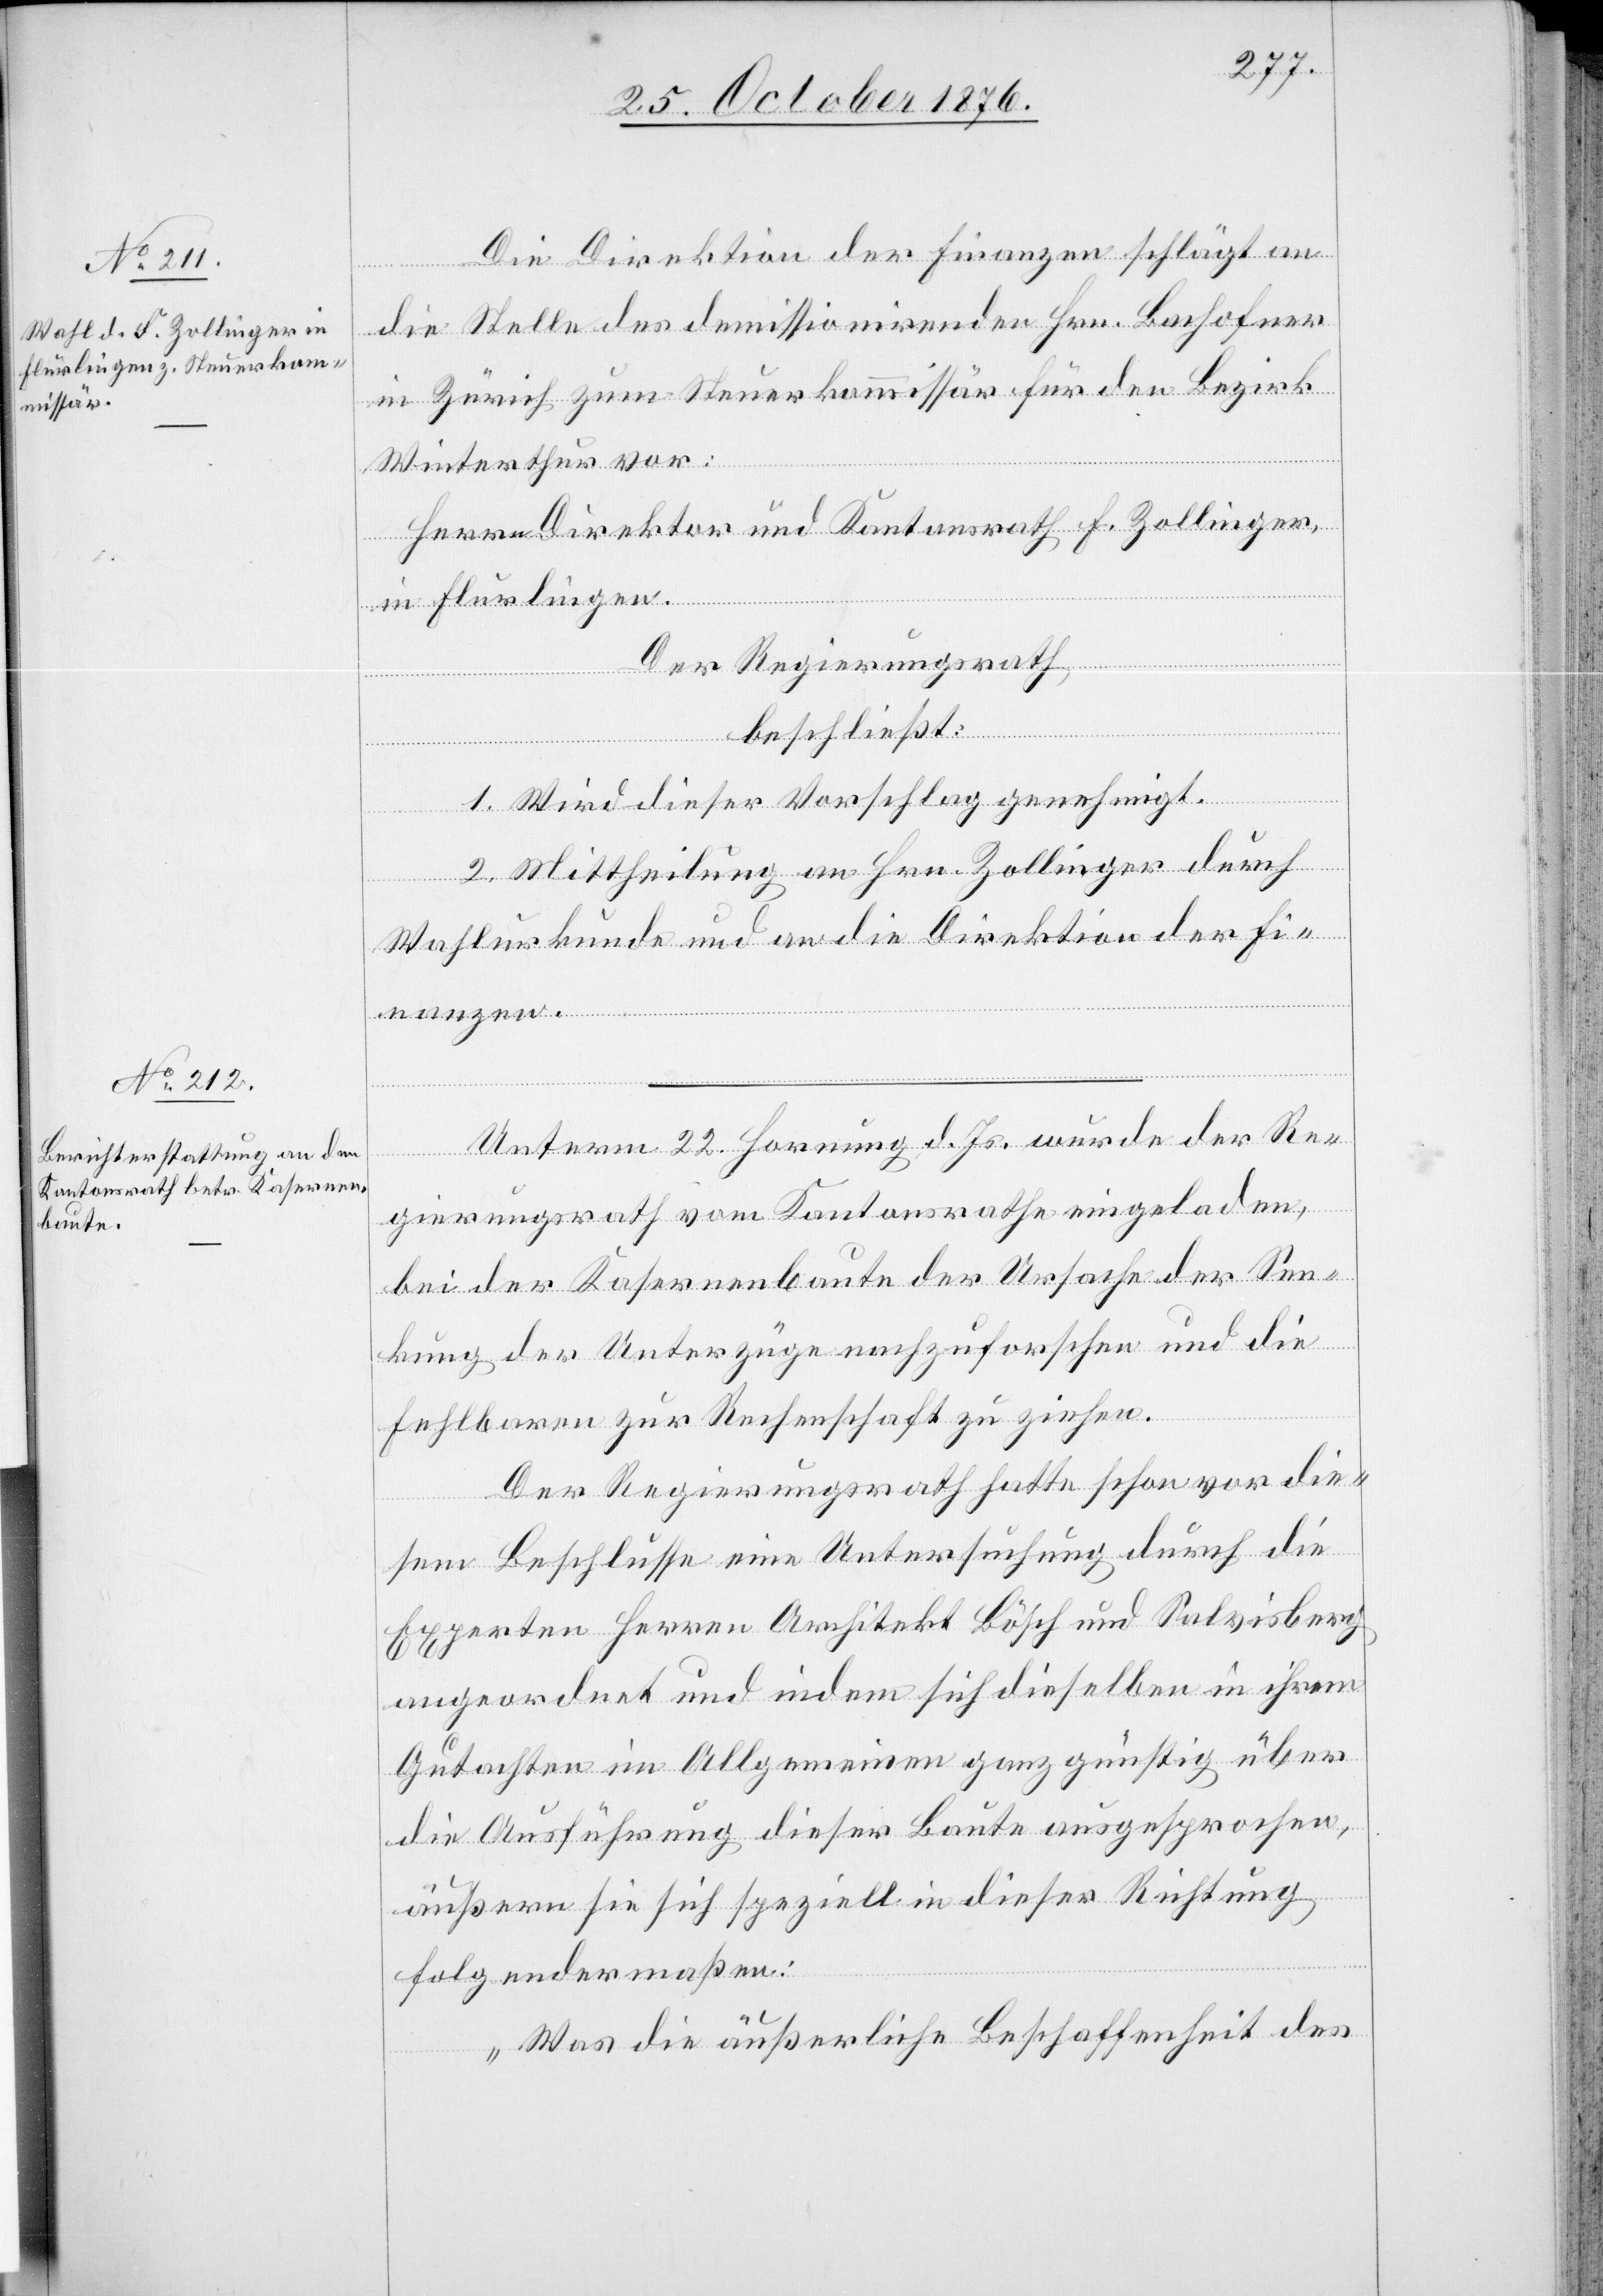
Die Direktion der Finanzen schlägt an
die Stelle des demissionirenden Hrn. Bachofner
in Zürich zum Steuerkommissär für den Bezirk
anzen.
Winterthur vor:
Herrn Direktor und Kantonsrath F. Zollinger,
in Flurlingen.
Der Regierungsrath,
beschließt:
1. Wird dieser Vorschlag genehmigt.
2. Mittheilung an Hrn. Zollinger durch
Wahlurkunde und an die Direktion der Fin¬
Unterm 22. Hornung d. Js. wurde der Re¬
gierungsrath vom Kantonsrathe eingeladen,
bei der Kasernenbaute der Ursache der Sen¬
kung der Unterzüge nachzuforschen und die
Fehlbaren zur Rechenschaft zu ziehen.
Der Regierungsrath hatte schon vor die¬
sem Beschlusse eine Untersuchung durch die
Experten Herren Architekt Bösch und Salvisberg
angeordnet und indem sich dieselben in ihrem
Gutachten im Allgemeinen ganz günstig über
die Ausführung dieser Baute ausgesprochen,
äußern sie sich speziell in dieser Richtung
folgedermaßen:
„Was die äußerliche Beschaffenheit des